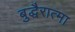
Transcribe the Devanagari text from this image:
बुद्धैरात्मा